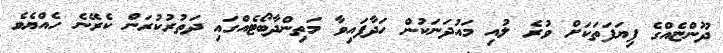
ދޫންޏެއްގެ ފިޔަފަތަކަށް ވުރެ ލުއި މައުދަނަކުން ހަދާފައިވާ މަތިންދާބޯޓެއްގައި ދަތުރުކުރަން ކެރޭނެ ހެއްޔެވެ